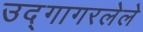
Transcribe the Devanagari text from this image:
उद्गागरलेले